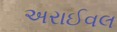
અરાઈવલ